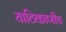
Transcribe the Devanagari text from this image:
याठिकाणीच